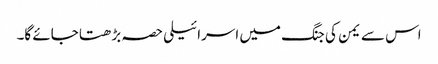
اس سے یمن کی جنگ میں اسرائیلی حصہ بڑھتا جائے گا۔